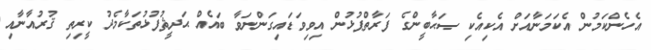
އެހެންކަމުން އެކަމަނާއަށް އެކިއެކި ޞަޙާބީންގެ ފަރާތްޕުޅުން އިވިވަޑައިގަންނަވާ ބައެއް ޙަދީޘުފުޅުތަކާމެދު ކީރިތި ޤުރުއާނާއި